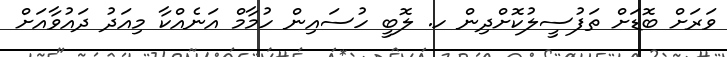
ވަރަށް ބޮޑަށް ތަފުސީލުކޮށްދިން ހ. ލޮބީ ހުސައިން ހުމާމް އަނެއްކާ މިއަދު ދައުވާއަށް